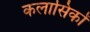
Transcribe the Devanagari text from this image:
कलासिकों